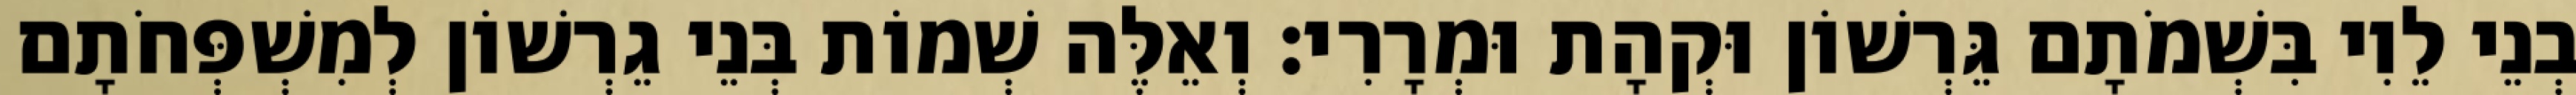
בְנֵי לֵוִי בִּשְׁמֹתָם גֵּרְשׁוֹן וּקְהָת וּמְרָרִי׃ וְאֵלֶּה שְׁמוֹת בְּנֵי גֵרְשׁוֹן לְמִשְׁפְּחֹתָם